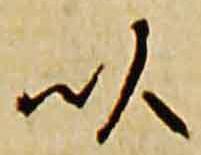
以